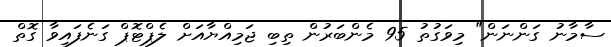
ސާމާނު ގަންނަން" މިވަގުތު 95 މެންބަރުން ތިބި ޖަމިއްޔާއަށް ލެޕްޓޮޕް ގަނެފައިވާ ގޮތް